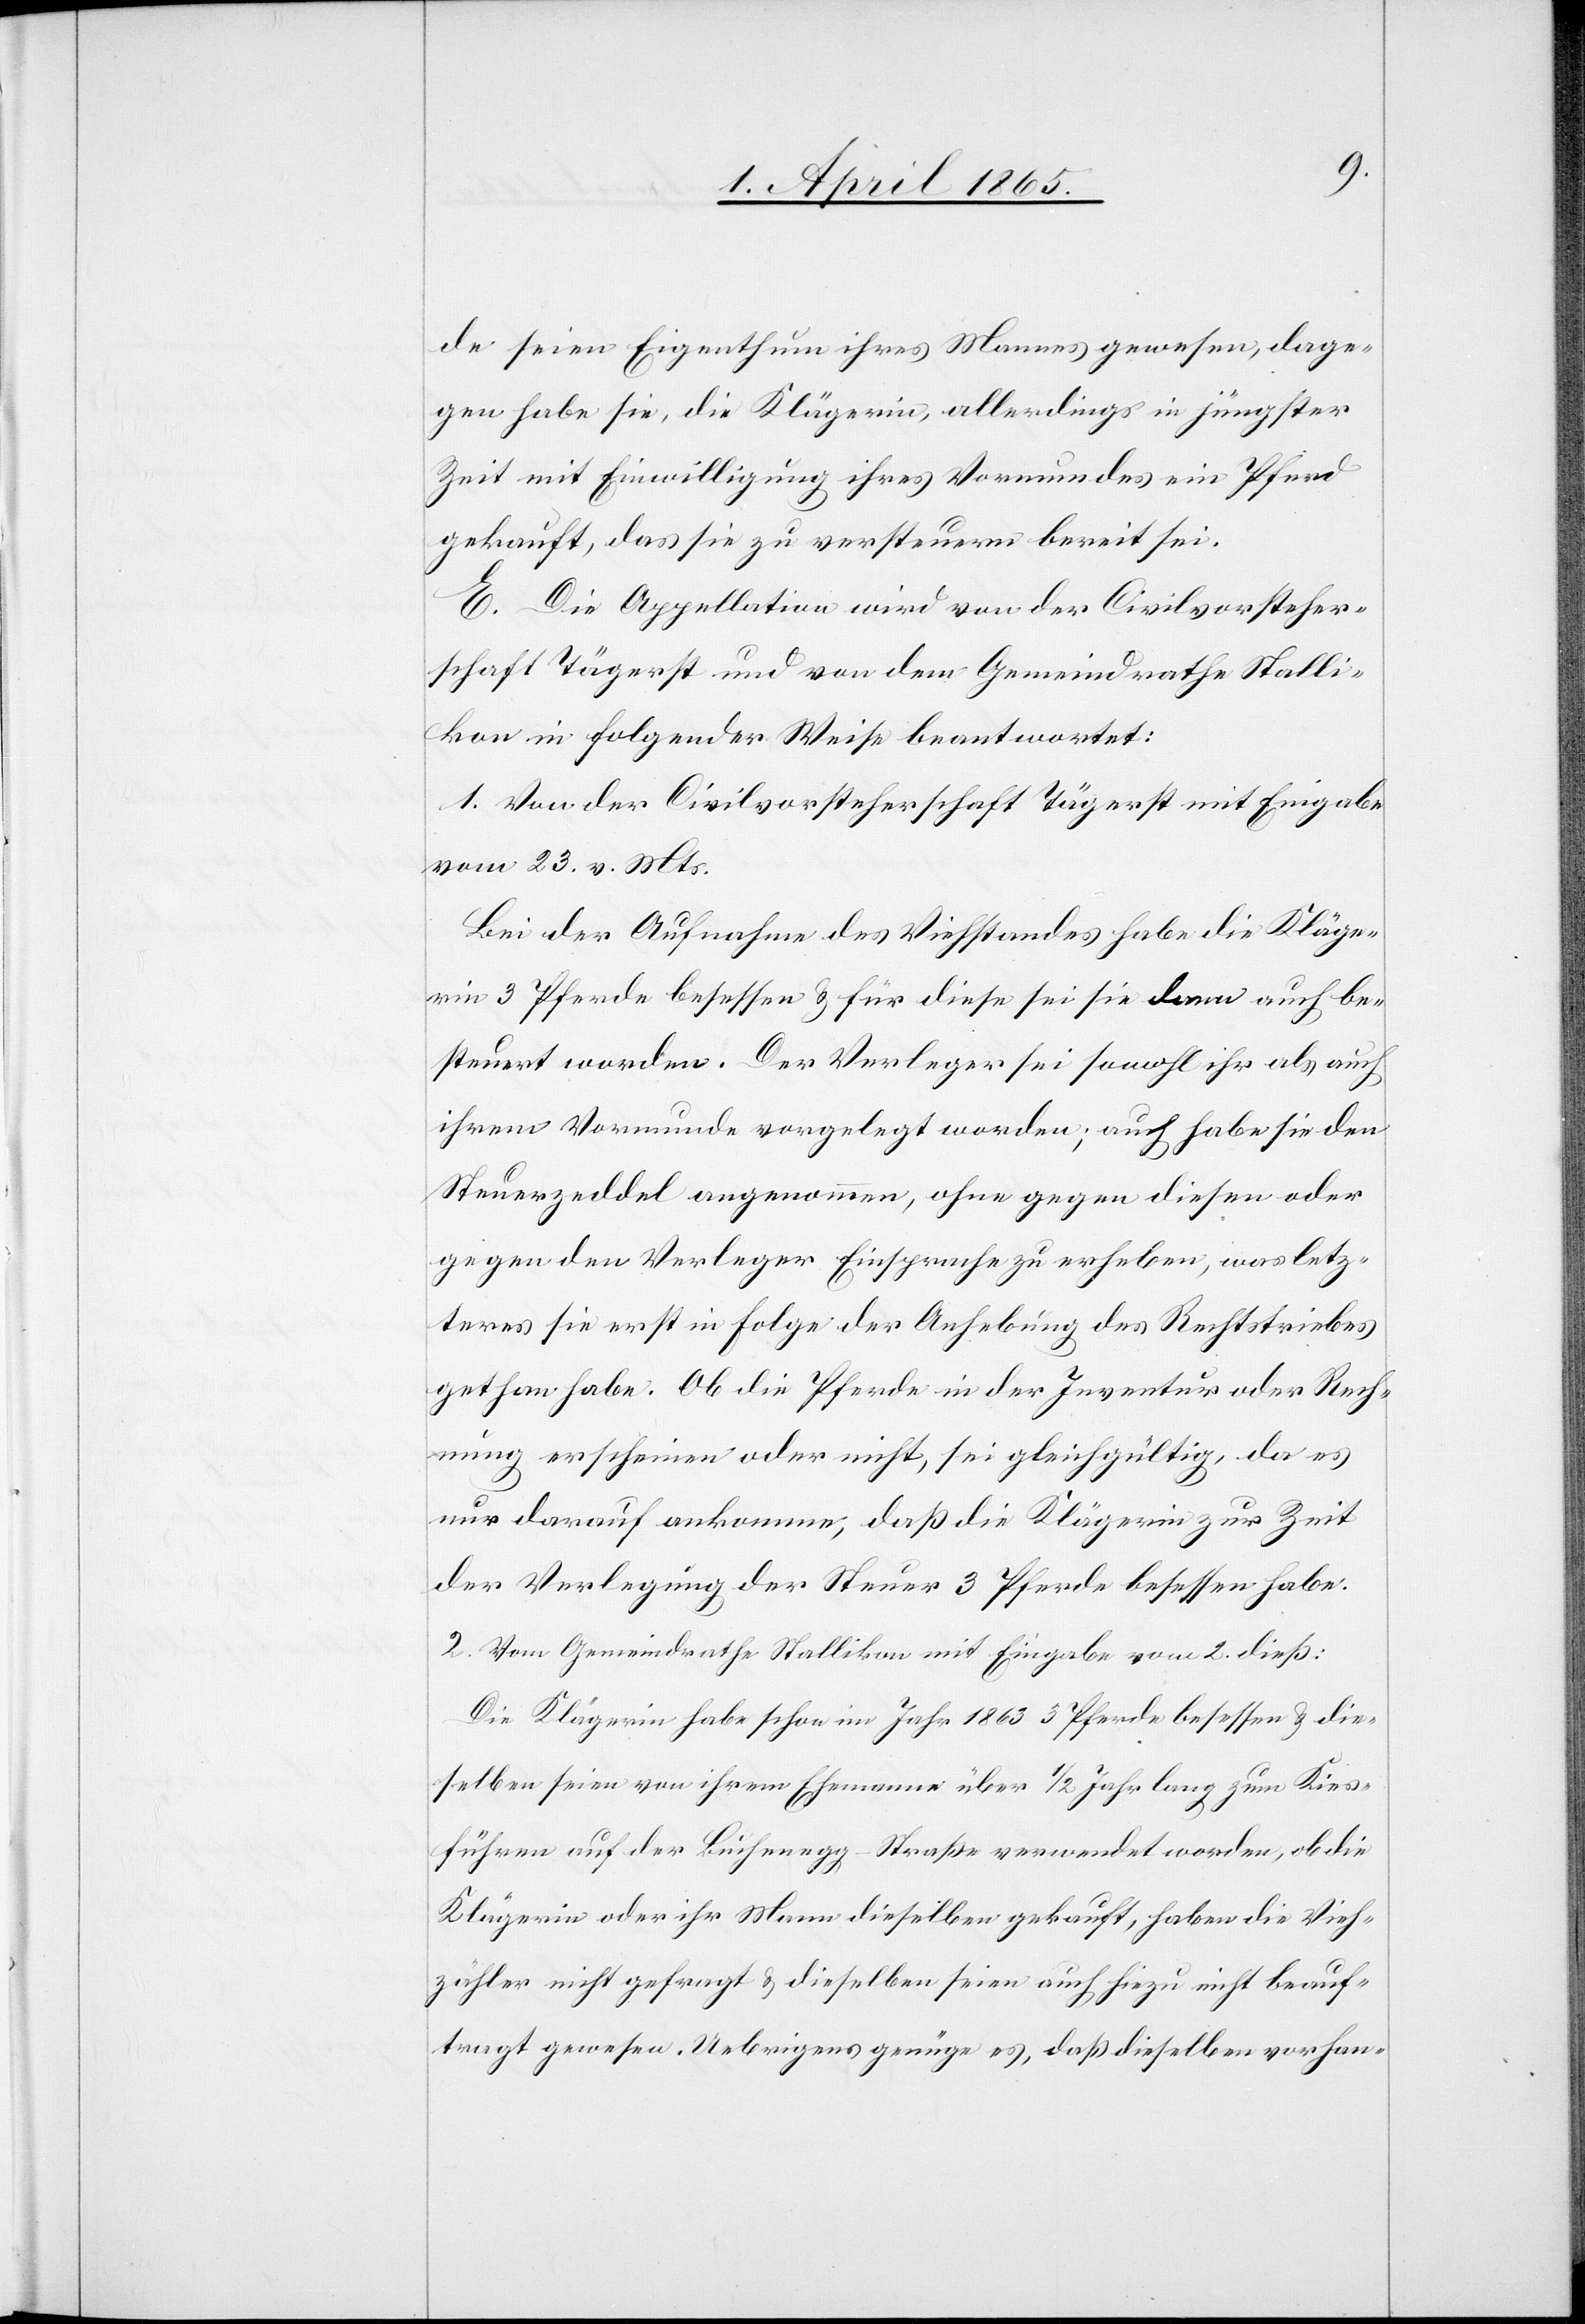
de seien Eigenthum ihres Mannes gewesen, dage¬
gen habe sie, die Klägerin, allerdings in jüngster
Zeit mit Einwilligung ihres Vormundes ein Pferd
gekauft, das sie zu versteuern bereit sei.
E. Die Appellation wird von der Civilvorsteher¬
schaft Tägerst und von dem Gemeindrathe Stalli¬
kon in folgender Weise beantwortet:
1. Von der Civilvorsteherschaft Tägerst mit Eingabe
vom 23. v. Mts.
Bei der Aufnahme des Viehstandes habe die Kläge¬
rin 3 Pferde besessen & für diese sei sie dann auch be¬
steuert worden. Der Verleger sei sowohl ihr als auch
ihrem Vormunde vorgelegt worden; auch habe sie den
Steuerzeddel angenommen, ohne gegen diesen oder
gegen den Verleger Einsprache zu erheben, was letz¬
teres sie erst in Folge der Anhebung des Rechtstriebes
gethan habe. Ob die Pferde in der Inventur oder Rech¬
nung erschienen oder nicht, sei gleichgültig, da es
nur darauf ankomme, daß die Klägerin zur Zeit
der Verlegung der Steuer 3 Pferde besessen habe.
2. Vom Gemeindrathe Stallikon mit Eingabe vom 2. dieß:
Die Klägerin habe schon im Jahr 1863 3 Pferde besessen & die¬
selben seien von ihrem Ehemanne über ½ Jahr lang zum Kies¬
führen auf der Buchenegg-Straße verwendet worden, ob die
Klägerin oder ihr Mann dieselben gekauft, haben die Vieh¬
zähler nicht gefragt & dieselben seien auch hiezu nicht beauf¬
tragt gewesen. Uebrigens genüge es, daß dieselben vorhan-